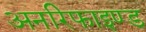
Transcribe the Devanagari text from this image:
अनरिफाइण्ड